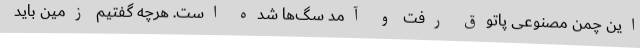
این چمن مصنوعی پاتوق رفت و آمد سگ‌ها شده است. هرچه گفتیم زمین باید